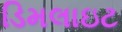
ડિમલાઇટ